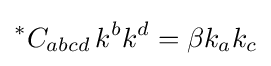
{}^{*}C_{abcd}\,k^{b}k^{d}=\beta k_{a}k_{c}